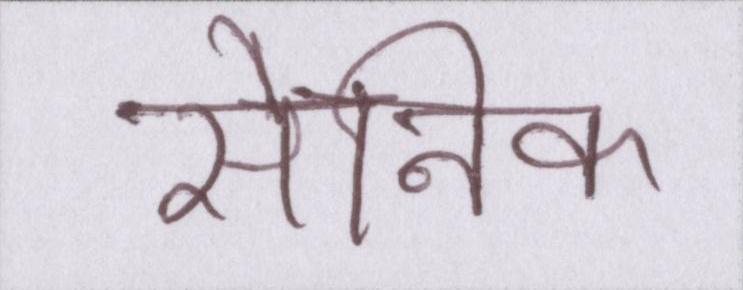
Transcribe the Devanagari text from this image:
सैनिक